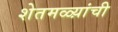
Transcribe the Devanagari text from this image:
शेतमळ्य़ांची